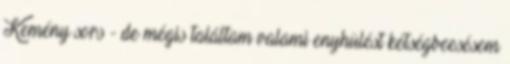
Kemény sors - de mégis találtam valami enyhülést kétségbeesésem